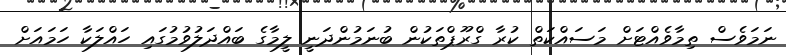
ނަމަވެސް ތިމާވެއްޓަށް މަސައްކަތް ކުރާ ގްރޫޕްތަކުން ބުނަމުންދަނީ ލީމާގެ ބައްދަލުވުމުގައި ހައްލަކާ ހަމައަށް